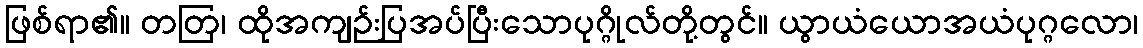
ဖြစ်ရာ၏။ တတြ၊ ထိုအကျဉ်းပြအပ်ပြီးသောပုဂ္ဂိုလ်တို့တွင်။ ယွာယံယောအယံပုဂ္ဂလော၊